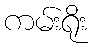
ကမ်းရိုး